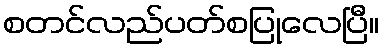
စတင်လည်ပတ်စပြုလေပြီ။